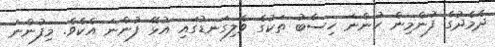
ދެމެދުގެ ފުންމިން ހުންނަ ހިސާބު ތަކުގެ ވެލިގަނޑުގައި އުޅޭ ފުންނަ އެކެވެ. މިފުންނަ